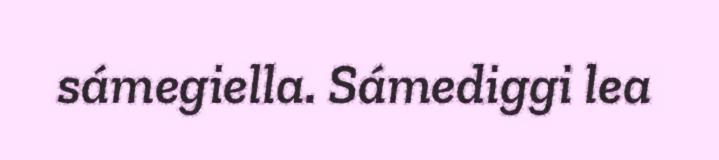
sámegiella. Sámediggi lea